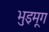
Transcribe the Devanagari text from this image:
भुइमूग